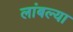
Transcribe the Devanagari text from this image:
लांबल्या